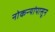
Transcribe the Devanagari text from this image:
नोकऱ्यांपासून